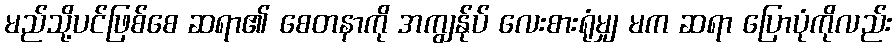
မည်သို့ပင်ဖြစ်စေ ဆရာ၏ စေတနာကို အကျွန်ုပ် လေးစားရုံမျှ မက ဆရာ ပြောပုံကိုလည်း